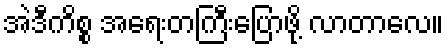
အဲဒီကိစ္စ အရေးတကြီးပြောဖို့ လာတာလေ။